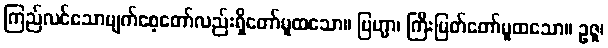
ကြည်လင်သောမျက်စေ့တော်လည်းရှိတော်မူထသော။ ဗြဟ္မာ၊ ကြီးမြတ်တော်မူထသော။ ဥဇူ၊